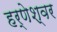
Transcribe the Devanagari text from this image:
हर्णेश्वर